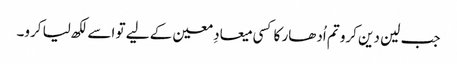
جب لین دین کرو تم اُدھار کا کسی میعادِ معین کے لیے تو اسے لکھ لیا کرو۔